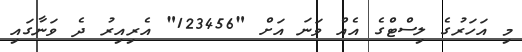
މި އަހަރުގެ ލިސްޓްގެ އެއް ވަނަ އަށް "123456" އެރިއިރު ދެ ވަނާގައި